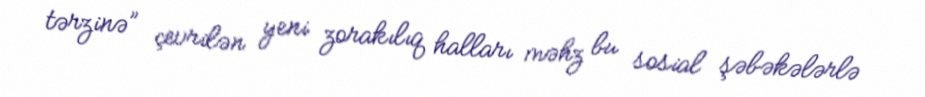
tərzinə” çevrilən yeni zorakılıq halları məhz bu sosial şəbəkələrlə